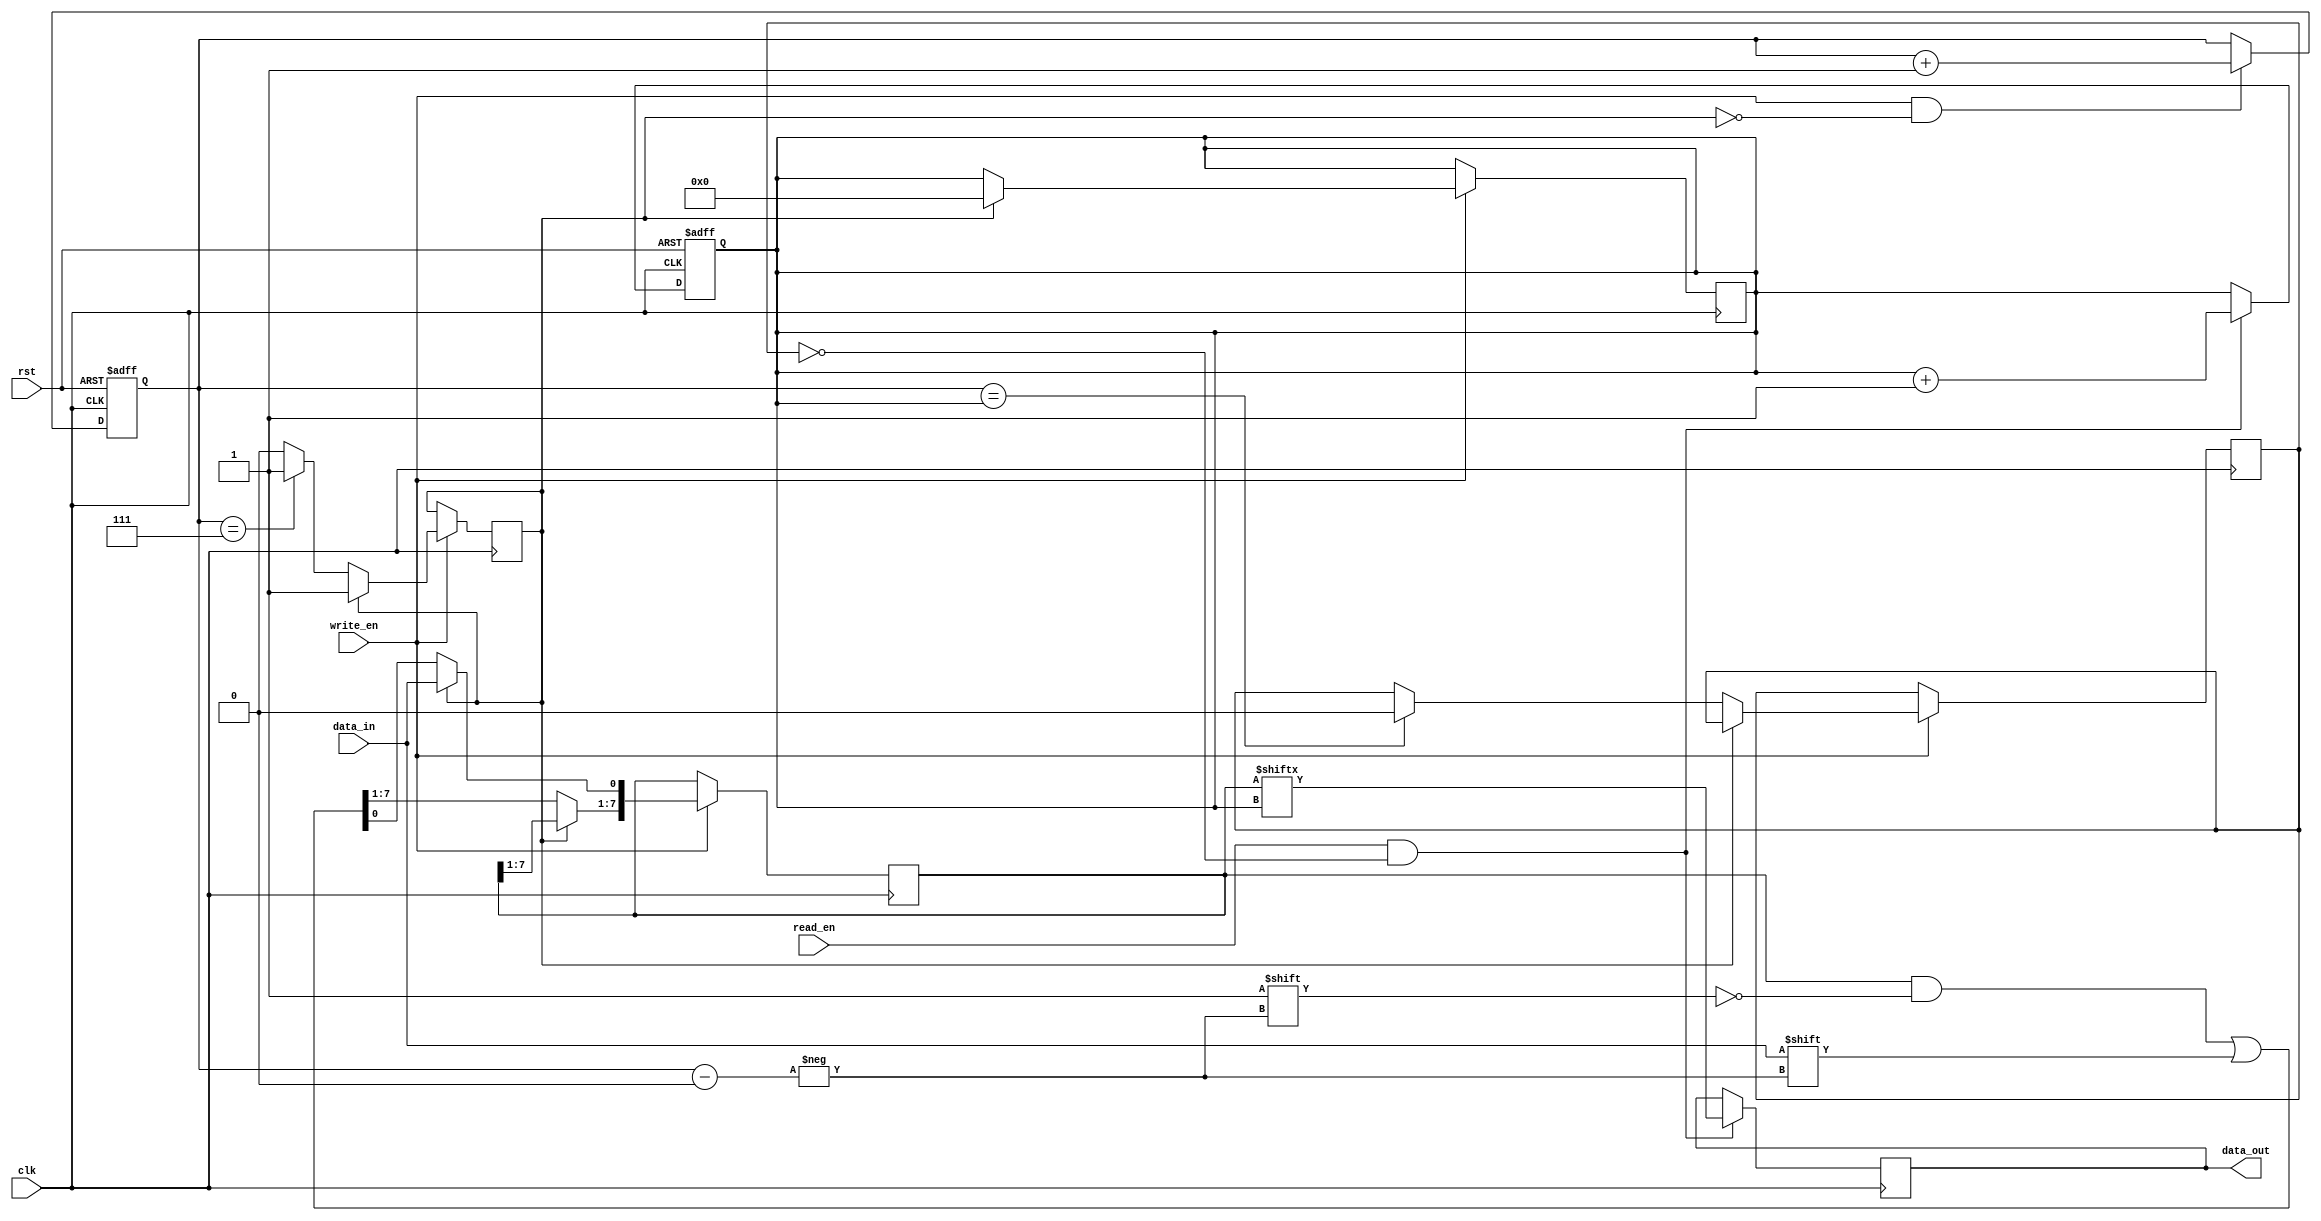
module CircularFIFO (
    input wire clk,
    input wire rst,
    input wire write_en,
    input wire read_en,
    input wire data_in,
    output reg data_out
);

// Parameters
parameter FIFO_DEPTH = 8; // Depth of the FIFO buffer

// Internal signals
reg [FIFO_DEPTH-1:0] fifo_buffer; // Circular buffer
reg [FIFO_DEPTH-1:0] read_ptr; // Read pointer
reg [FIFO_DEPTH-1:0] write_ptr; // Write pointer

// Empty and full flags
reg empty;
reg full;

// Update read and write pointers
always @ (posedge clk or posedge rst) begin
    if (rst) begin
        read_ptr <= 0;
        write_ptr <= 0;
    end else begin
        if (read_en && !empty) begin
            read_ptr <= read_ptr + 1;
        end
        if (write_en && !full) begin
            write_ptr <= write_ptr + 1;
        end
    end
end

// Update data output
always @ (posedge clk) begin
    if (read_en && !empty) begin
        data_out <= fifo_buffer[read_ptr];
    end
end

// Update FIFO buffer
always @ (posedge clk) begin
    if (write_en) begin
        if (full) begin
            fifo_buffer[0] <= data_in;
            read_ptr <= 0;
        end else begin
            fifo_buffer[write_ptr] <= data_in;
            if (write_ptr == FIFO_DEPTH-1) begin
                full <= 1;
            end
            if (write_ptr == read_ptr) begin
                empty <= 0;
            end
        end
    end
end

endmodule